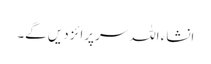
انشاء اللہ سرپرائز دیں گے۔